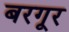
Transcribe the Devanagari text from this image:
बरगूर